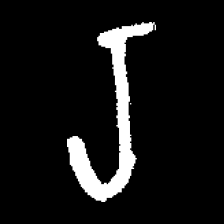
Pyu character \u2014 Myanmar letter: ရ (romanized: ra)